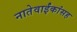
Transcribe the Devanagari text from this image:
नातेवाईंकांंसह